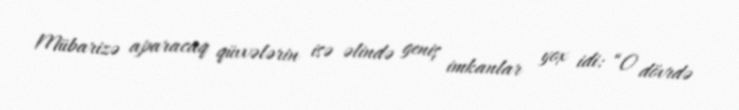
Mübarizə aparacaq qüvvələrin isə əlində geniş imkanlar yox idi: “O dövrdə